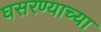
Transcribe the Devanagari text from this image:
घसरण्याच्या